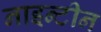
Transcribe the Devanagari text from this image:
नाइन्टीन